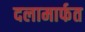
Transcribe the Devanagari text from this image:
दलामार्फत